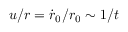
u / r = \dot { r } _ { 0 } / r _ { 0 } \sim 1 / t